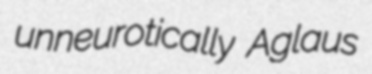
unneurotically Aglaus